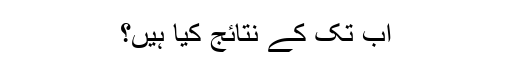
اب تک کے نتائج کیا ہیں؟